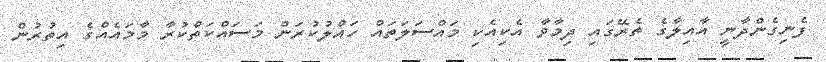
ފެނިގެންދާނީ އާއިލާގެ ތެރޭގައި ދިމާވާ އެކިއެކި މައްސަލަތައް ހައްލުކުރަން މަސައްކަތްކުރާ މާމައެއްގެ އިތުރުން